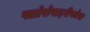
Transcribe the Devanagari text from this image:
फ्लोरोपाइरीफोस